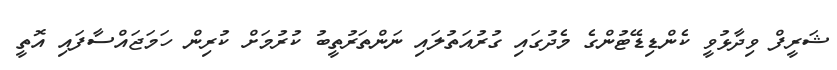
ޝަރީފް ވިދާޅުވީ ކެންޑިޑޭޓުންގެ މެދުގައި ގުރުއަތުލައި ނަންތަރުތީބު ކުރުމަށް ކުރިން ހަމަޖައްސާފައި އޮތީ